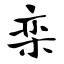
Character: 栾